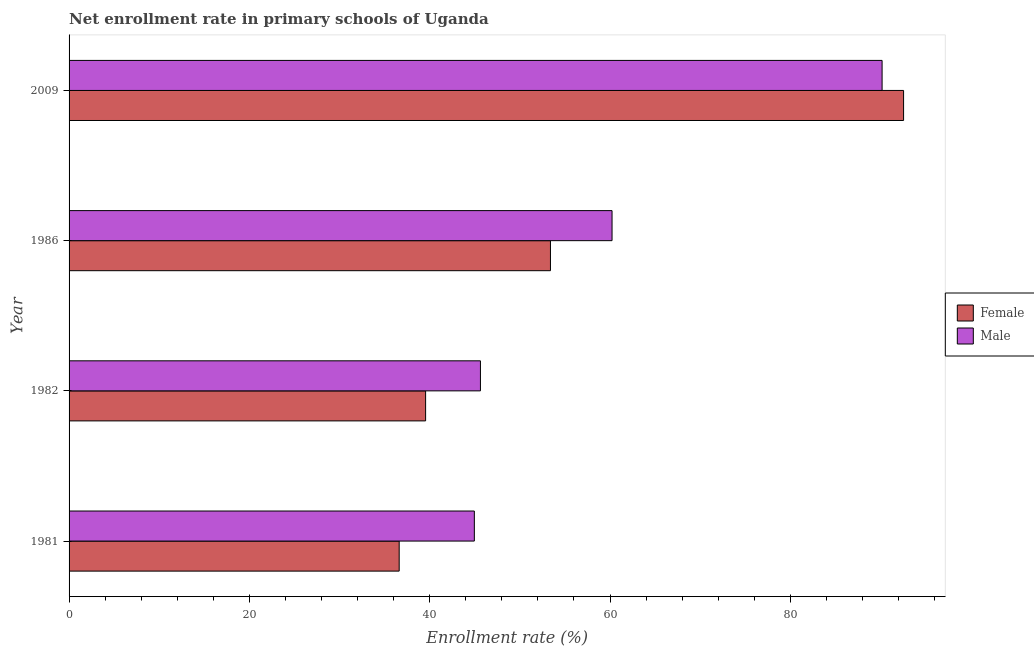
| Year | Female | Male |
 | --- | --- | --- |
 | 1981 | 36.6 | 45 |
 | 1982 | 39.5 | 45.6 |
 | 1986 | 53.4 | 60.2 |
 | 2009 | 92.6 | 90.2 |